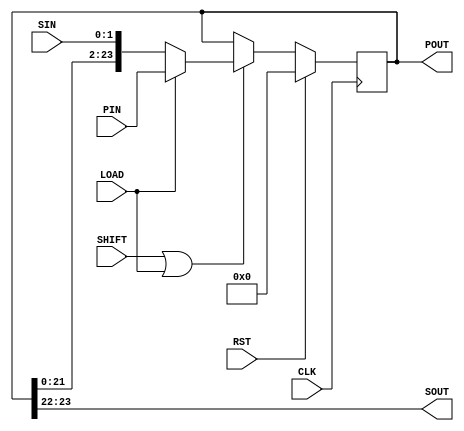
/****************************************************************************
sbd_shifter_left2
- shift register - shifts left - towards MSB - 2 bits

Copyright (C) 2005 Samuel Brown 
sam.brown@sbdesign.org

This library is free software; you can redistribute it and/or
modify it under the terms of the GNU Lesser General Public
License as published by the Free Software Foundation; either
version 2.1 of the License, or (at your option) any later version.

This library is distributed in the hope that it will be useful,
but WITHOUT ANY WARRANTY; without even the implied warranty of
MERCHANTABILITY or FITNESS FOR A PARTICULAR PURPOSE.  See the GNU
Lesser General Public License for more details.

You should have received a copy of the GNU Lesser General Public
License along with this library; if not, write to the Free Software
Foundation, Inc., 51 Franklin St, Fifth Floor, Boston, MA  02110-1301  USA

****************************************************************************/



module sbd_shifter_left2 (SIN,PIN,LOAD,RST,SHIFT,CLK,SOUT,POUT);

parameter bitlength = 24;
    
input [1:0] SIN;
input [bitlength-1:0] PIN;
input LOAD;
input RST;
input SHIFT;
input CLK;
output wire [1:0] SOUT;
output wire [bitlength-1:0] POUT;

reg  [bitlength-1:0] writeData, readData; 

assign POUT = readData;
assign SOUT = readData[bitlength-1:bitlength-2];

always @ (posedge CLK)
begin:shiftreg
   if(RST) readData <= 0;
   else if(SHIFT | LOAD) readData <= writeData;
end

always @ (readData, SIN, PIN, LOAD)
begin:shiftmux
   if(LOAD) writeData = PIN;
   else writeData = { readData[bitlength-3:0], SIN };
end

endmodule